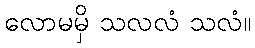
လောမမှိ သလလံ သလံ။